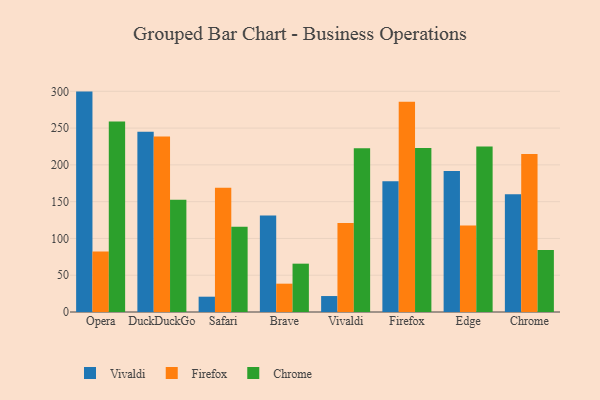
{"axis": {"x": "Browser", "y": "Operating Costs (USD K)"}, "legend": ["Chrome", "Firefox", "Vivaldi"], "data": [{"x": "Opera", "y": 299.6, "type": "Vivaldi"}, {"x": "Opera", "y": 82.2, "type": "Firefox"}, {"x": "Opera", "y": 259.1, "type": "Chrome"}, {"x": "DuckDuckGo", "y": 245.1, "type": "Vivaldi"}, {"x": "DuckDuckGo", "y": 238.4, "type": "Firefox"}, {"x": "DuckDuckGo", "y": 152.7, "type": "Chrome"}, {"x": "Safari", "y": 20.8, "type": "Vivaldi"}, {"x": "Safari", "y": 168.9, "type": "Firefox"}, {"x": "Safari", "y": 115.8, "type": "Chrome"}, {"x": "Brave", "y": 131.1, "type": "Vivaldi"}, {"x": "Brave", "y": 38.5, "type": "Firefox"}, {"x": "Brave", "y": 65.7, "type": "Chrome"}, {"x": "Vivaldi", "y": 21.7, "type": "Vivaldi"}, {"x": "Vivaldi", "y": 120.9, "type": "Firefox"}, {"x": "Vivaldi", "y": 222.6, "type": "Chrome"}, {"x": "Firefox", "y": 177.6, "type": "Vivaldi"}, {"x": "Firefox", "y": 285.8, "type": "Firefox"}, {"x": "Firefox", "y": 223.1, "type": "Chrome"}, {"x": "Edge", "y": 191.5, "type": "Vivaldi"}, {"x": "Edge", "y": 117.5, "type": "Firefox"}, {"x": "Edge", "y": 225.0, "type": "Chrome"}, {"x": "Chrome", "y": 160.1, "type": "Vivaldi"}, {"x": "Chrome", "y": 214.7, "type": "Firefox"}, {"x": "Chrome", "y": 84.3, "type": "Chrome"}]}